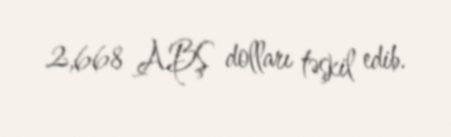
2,668 ABŞ dolları təşkil edib.